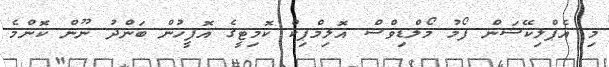
މި އެޕްލިކޭޝަން ފޯމު މޯލްޑިވްސް އޮލިމްޕިކް ކޮމިޓީގެ އޮފީހުން ބަންދު ނޫން ކޮންމެ